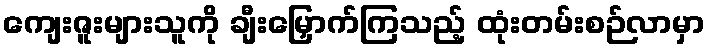
ကျေးဇူးများသူကို ချီးမြှောက်ကြသည့် ထုံးတမ်းစဉ်လာမှာ